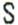
S